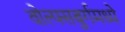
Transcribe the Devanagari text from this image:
वोल्फ्सबुर्गमध्ये